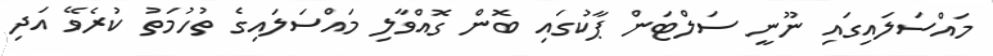
މައްސަލައިގައި ނޫނީ ސަލްޓަން ޕާކުގައި ބޮން ގޮއްވާލި މައްސަލައިގެ ތުހުމަތު ކުރެވޭ އަދި